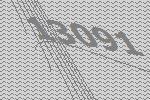
13091